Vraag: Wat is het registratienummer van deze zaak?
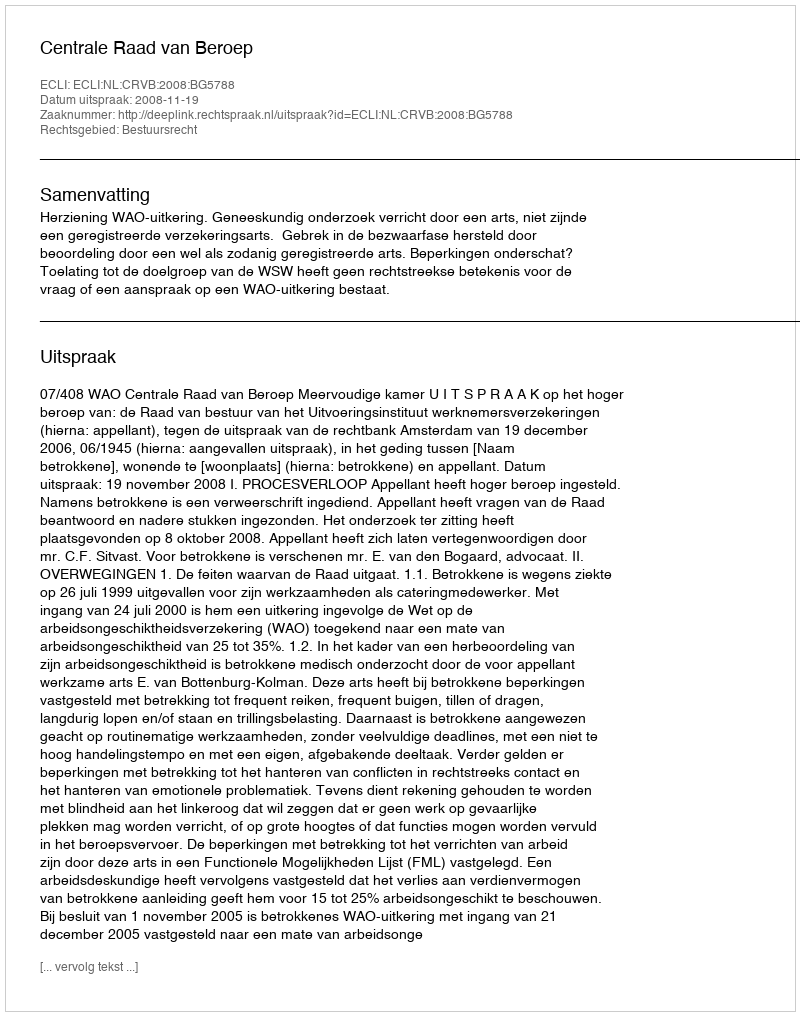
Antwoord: http://deeplink.rechtspraak.nl/uitspraak?id=ECLI:NL:CRVB:2008:BG5788